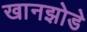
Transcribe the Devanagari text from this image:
खानझोडे